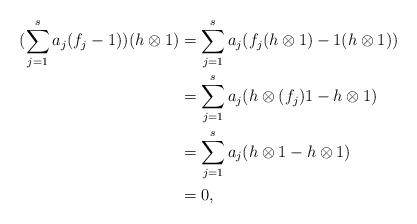
LaTeX: \begin{align*}(\sum_{j=1}^sa_j(f_j-1))(h\otimes 1)&=\sum_{j=1}^sa_j(f_j(h\otimes 1)-1(h\otimes 1))\\&=\sum_{j=1}^sa_j(h\otimes (f_j)1-h\otimes 1)\\&=\sum_{j=1}^sa_j(h\otimes 1-h\otimes 1)\\&=0,\end{align*}